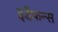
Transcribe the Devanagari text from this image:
इडैफन्स